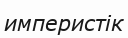
империстік